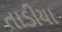
તાડીયા